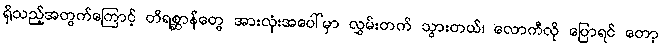
ရှိသည့်အတွက်ကြောင့် တိရစ္ဆာန်တွေ အားလုံးအပေါ်မှာ လွှမ်းတက် သွားတယ်၊ လောကီလို ပြောရင် တော့